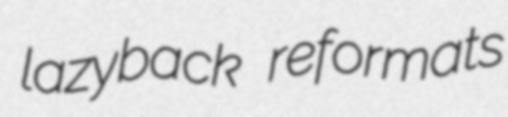
lazyback reformats